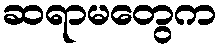
ဆရာမတွေက